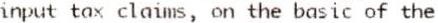
INPUT TAX CLAIMS, ON THE BASIC OF THE